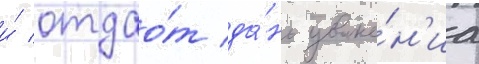
и́ отдао́т да́нь уваже́н'иа